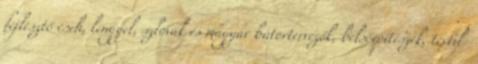
fejlesztő cseh, lengyel, szlovák és magyar bútortervezők, belsőépítészek, textil-